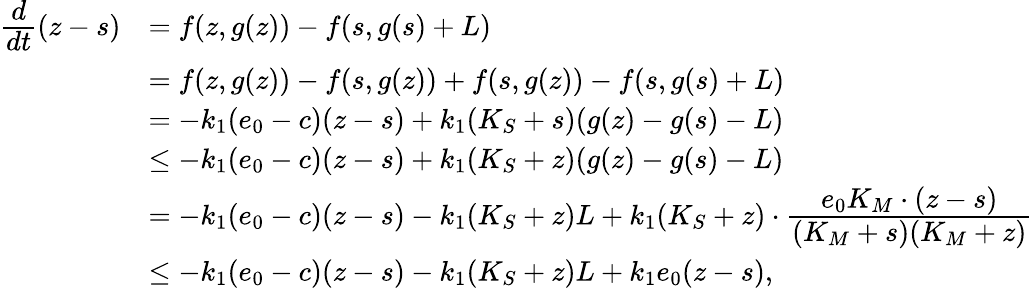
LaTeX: \begin{array}{rl}{\cfrac{d}{dt}(z-s)}&{=f(z,g(z))-f(s,g(s)+L)}\\ &{=f(z,g(z))-f(s,g(z))+f(s,g(z))-f(s,g(s)+L)}\\ &{=-k_{1}(e_{0}-c)(z-s)+k_{1}(K_{S}+s)(g(z)-g(s)-L)}\\ &{\leq-k_{1}(e_{0}-c)(z-s)+k_{1}(K_{S}+z)(g(z)-g(s)-L)}\\ &{=-k_{1}(e_{0}-c)(z-s)-k_{1}(K_{S}+z)L+k_{1}(K_{S}+z)\cdot\cfrac{e_{0}K_{M}\cdot(z-s)}{(K_{M}+s)(K_{M}+z)}}\\ &{\leq-k_{1}(e_{0}-c)(z-s)-k_{1}(K_{S}+z)L+k_{1}e_{0}(z-s),}\end{array}